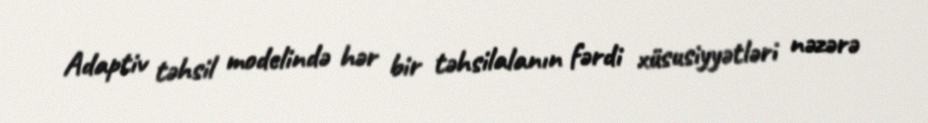
Adaptiv təhsil modelində hər bir təhsilalanın fərdi xüsusiyyətləri nəzərə